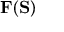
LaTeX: \mathbf { F } ( \mathbf { S } )